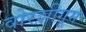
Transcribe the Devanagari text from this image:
वोरशीगूम